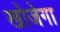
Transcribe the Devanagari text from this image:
खोजेगा